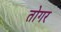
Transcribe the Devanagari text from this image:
तोगर